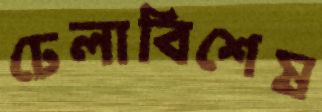
ঢেলাবিশেষ